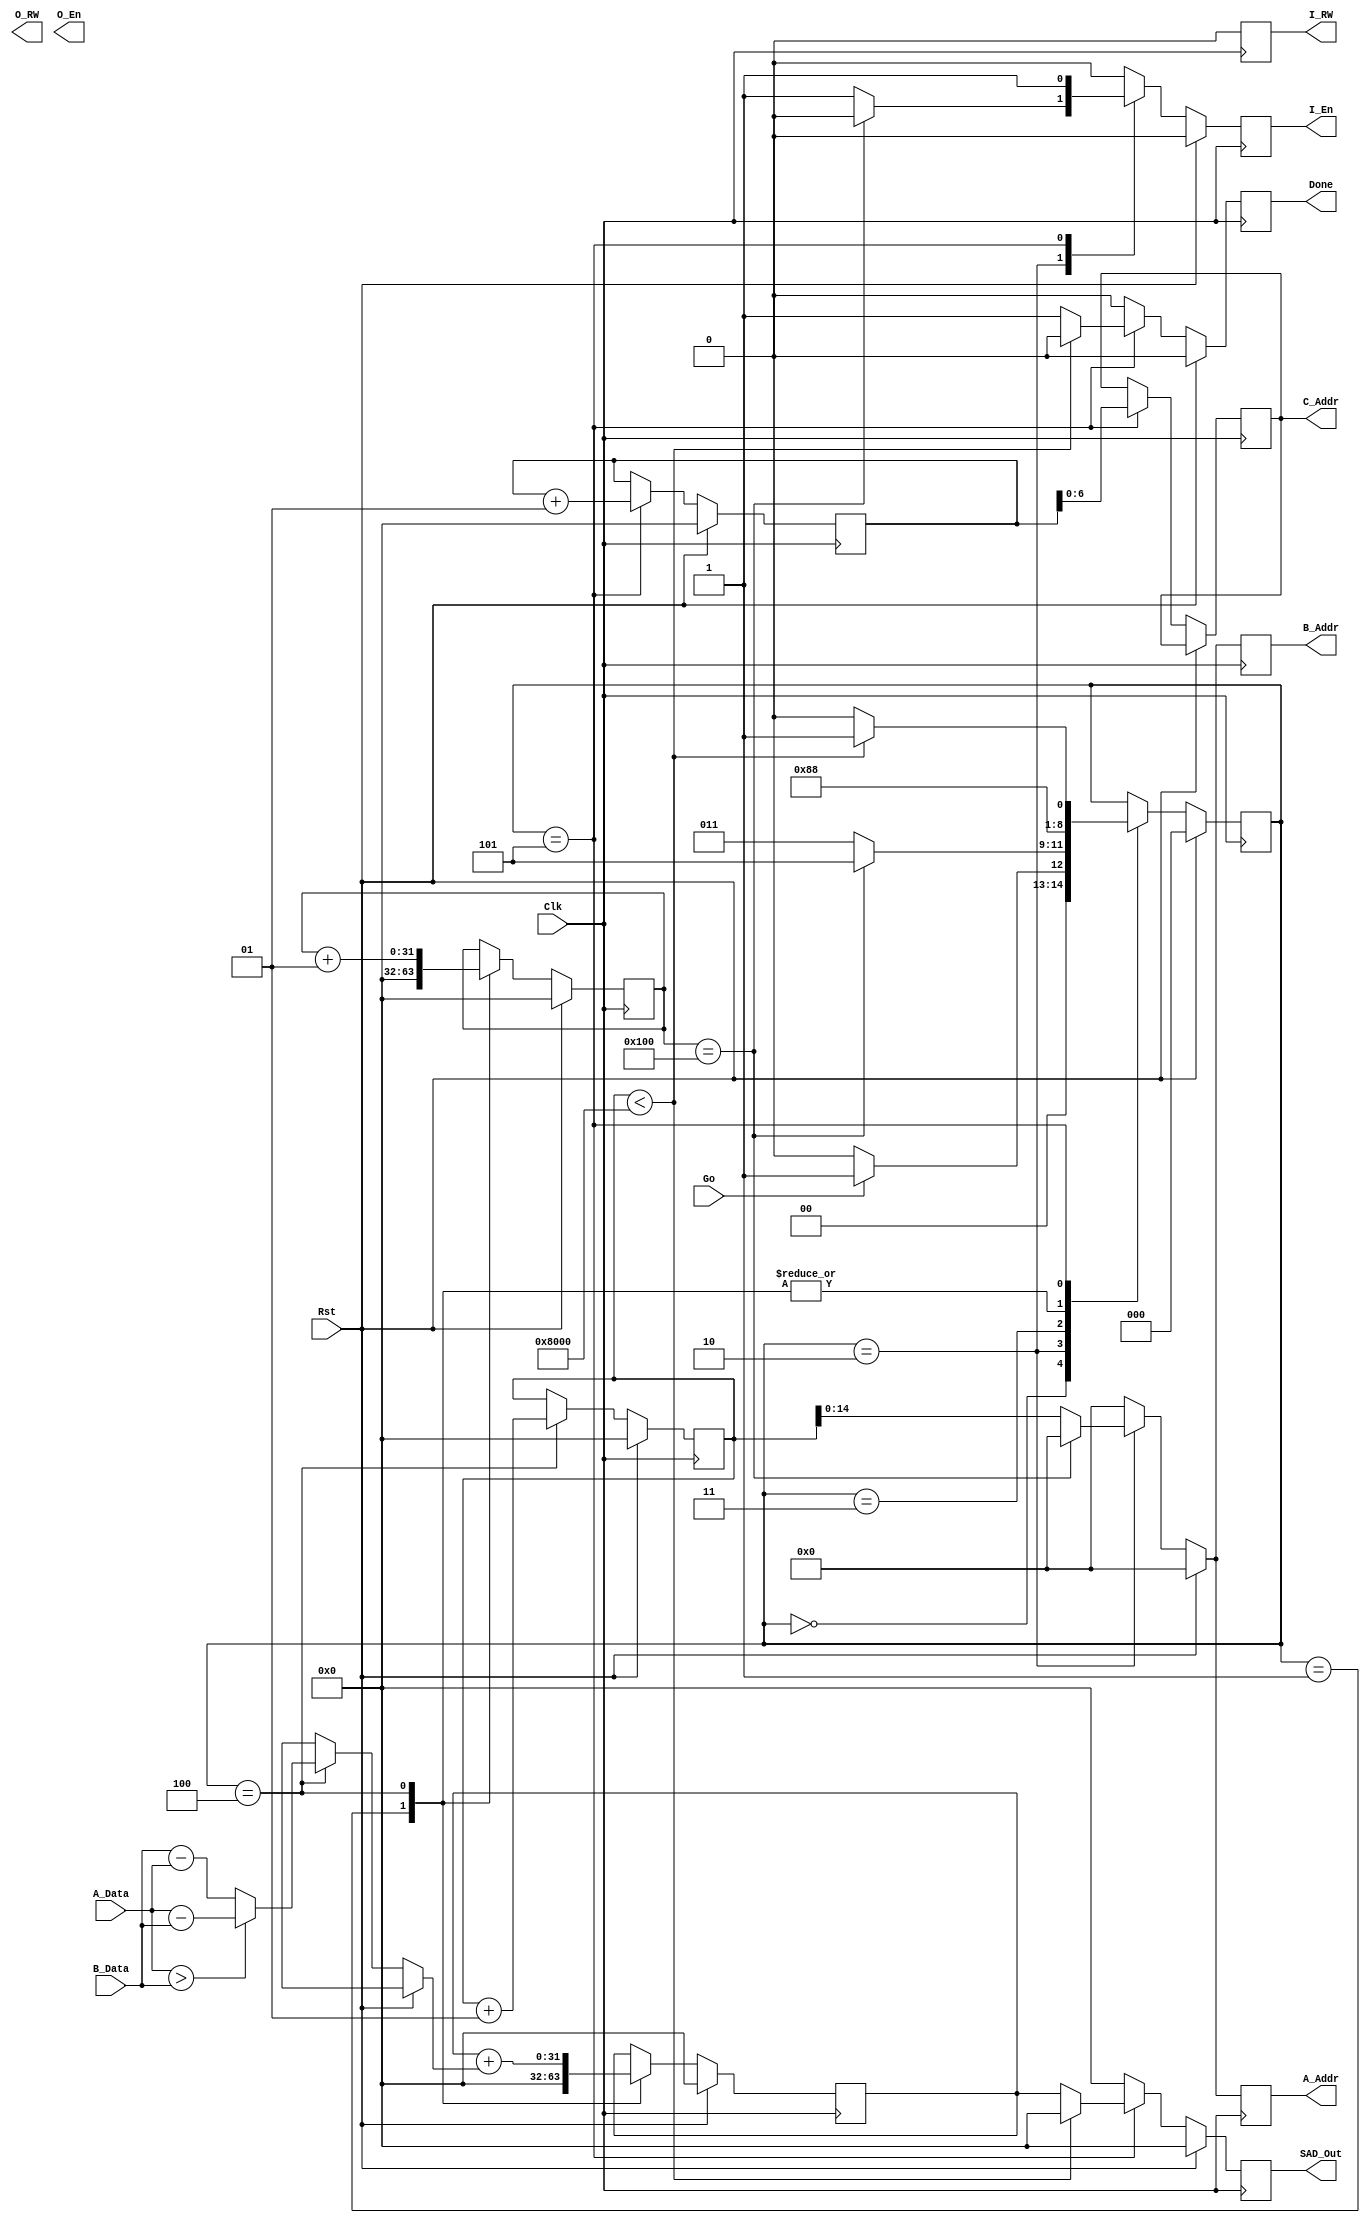
`timescale 1 ns/1 ns
`define A_WIDTH 15
`define D_WIDTH 8

module SAD(Go, A_Addr, A_Data, B_Addr, B_Data, C_Addr, I_RW, I_En, O_RW, O_En, Done, SAD_Out, Clk, Rst);

   input Go;
   input [7:0] A_Data, B_Data;
   output reg [14:0] A_Addr, B_Addr;
   output reg [6:0] C_Addr;
   output reg I_RW, I_En, O_RW, O_En, Done; 
   output reg [31:0] SAD_Out;
   input Clk, Rst;

   parameter S0 = 3'b000, S1 = 3'b001,
             S2 = 3'b010, S3a = 3'b011, 
             S3 = 3'b100, S4 = 3'b101;

   reg [2:0] State;
   reg [31:0] Sum;
   integer i, j, k;

   function [(`D_WIDTH-1):0] ABSDiff;
      input [(`D_WIDTH-1):0] A;
      input [(`D_WIDTH-1):0] B;
      if (A>B) ABSDiff = A - B;
      else ABSDiff = B - A;
   endfunction

always @(posedge Clk) begin
      if (Rst==1'b1) begin
         A_Addr <= {`A_WIDTH{1'b0}};
         B_Addr <= {`A_WIDTH{1'b0}};
         I_RW <= 1'b0;
         I_En <= 1'b0;
         Done <= 1'b0;
         State <= S0;
         Sum <= 32'b0;
         SAD_Out <= 32'b0;
         i <= 0;
	 j <= 0;
	 k <= 0;
      end
      else begin
         A_Addr <= {`A_WIDTH{1'b0}};
         B_Addr <= {`A_WIDTH{1'b0}};
          I_RW <= 1'b0;
          I_En <= 1'b0;
          Done <= 1'b0;
          SAD_Out <= 32'b0;
           
          case (State)
               S0: begin
                    if (Go==1'b1)
                      State <= S1;
                    else
                      State <= S0;
                   end

               S1: begin
                    Sum <= 32'b0;
                    j <= 0;
                    State <= S2;
                   end

               S2: begin
                   if (!(j==256)) begin
                     State <= S3a;
                     A_Addr <= i;
                     B_Addr <= i;
                     I_RW <= 1'b0;
                     I_En <= 1'b1; 
                   end
                   else
                     State <= S4;
                   end
               S3a: 
                   State <= S3;
            
               S3: begin
                   Sum <= Sum + ABSDiff(A_Data, B_Data);
                   i <= i + 1;
		   j <= j + 1;
                   State <= S2;
                   end

               S4: begin
		   if(!(i < 32768)) begin
		     State <= S0;
		     SAD_Out <= Sum;
	 	     Done <= 1'b1;
		   end
		   else begin
                     State <= S1;
                   end

                   C_Addr <= k;
		   k <= k + 1;
		   I_RW <= 1'b0;
                   I_En <= 1'b1; 
                   
                   end
         endcase
      end
   end

 endmodule